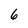
Character: 6